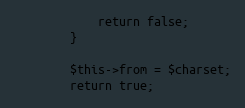
Language: PHP
			return false;
		}

		$this->from = $charset;
		return true;